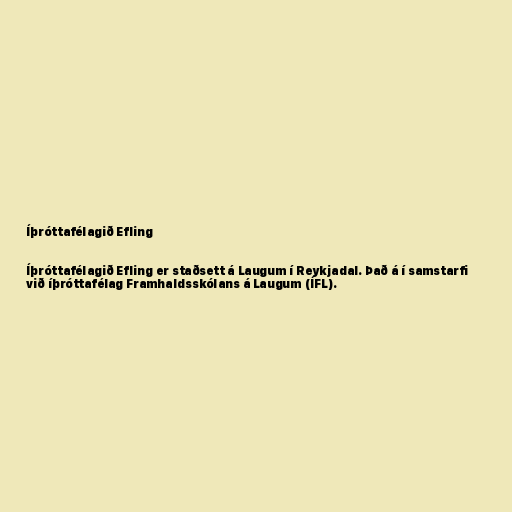
Íþróttafélagið Efling

Íþróttafélagið Efling er staðsett á Laugum í Reykjadal. Það á í samstarfi
við íþróttafélag Framhaldsskólans á Laugum (ÍFL).